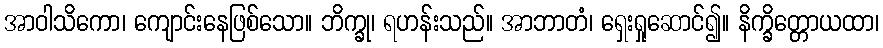
အာဝါသိကော၊ ကျောင်းနေဖြစ်သော။ ဘိက္ခု၊ ရဟန်းသည်။ အာဘာတံ၊ ရှေးရှုဆောင်၍။ နိက္ခိတ္တောယထာ၊